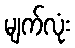
မျက်လုံး